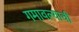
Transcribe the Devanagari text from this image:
गमावल्याची